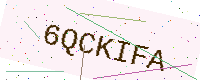
Text: 6QCKIFA